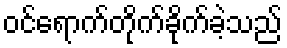
ဝင်ရောက်တိုက်ခိုက်ခဲ့သည်